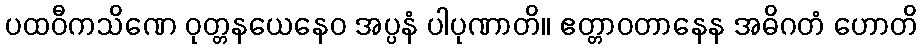
ပထဝီကသိဏေ ဝုတ္တနယေနေဝ အပ္ပနံ ပါပုဏာတိ။ ဧတ္တာဝတာနေန အဓိဂတံ ဟောတိ